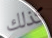
كذلك